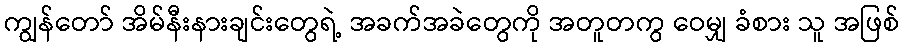
ကျွန်တော် အိမ်နီးနားချင်းတွေရဲ့ အခက်အခဲတွေကို အတူတကွ ဝေမျှ ခံစား သူ အဖြစ်